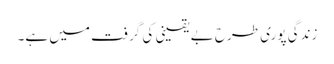
زندگی پوری طرح بے یقینی کی گرفت میں ہے۔